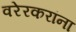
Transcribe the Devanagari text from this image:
वरेरकरांना